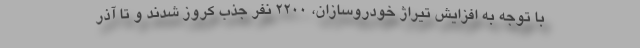
با توجه به افزایش تیراژ خودروسازان، 2200 نفر جذب کروز شدند و تا آذر